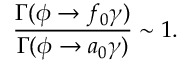
\frac { \Gamma ( \phi \to f _ { 0 } \gamma ) } { \Gamma ( \phi \to a _ { 0 } \gamma ) } \sim 1 .